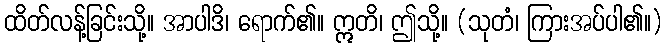
ထိတ်လန့်ခြင်းသို့။ အာပါဒိ၊ ရောက်၏။ ဣတိ၊ ဤသို့။ (သုတံ၊ ကြားအပ်ပါ၏။)